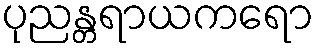
ပုညန္တရာယကရော